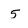
Character: 5